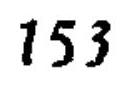
$153$